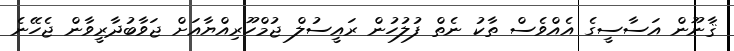
ޤާނޫން އަސާސީގެ އެއްވެސް ތާކު ނެތް ފުލުހުން ރައީސުލް ޖުމްހޫރިއްޔާއަށް ޖަވާބުދާރީވާން ޖެހޭނެ